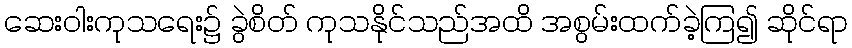
ဆေးဝါးကုသရေး၌ ခွဲစိတ် ကုသနိုင်သည်အထိ အစွမ်းထက်ခဲ့ကြ၍ ဆိုင်ရာ